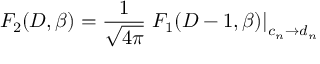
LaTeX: F _ { 2 } ( D , \beta ) = { \frac { 1 } { \sqrt { 4 \pi } } } \left. F _ { 1 } ( D - 1 , \beta ) \right| _ { c _ { n } \rightarrow d _ { n } } ~ ~